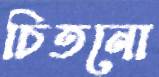
চিতনো